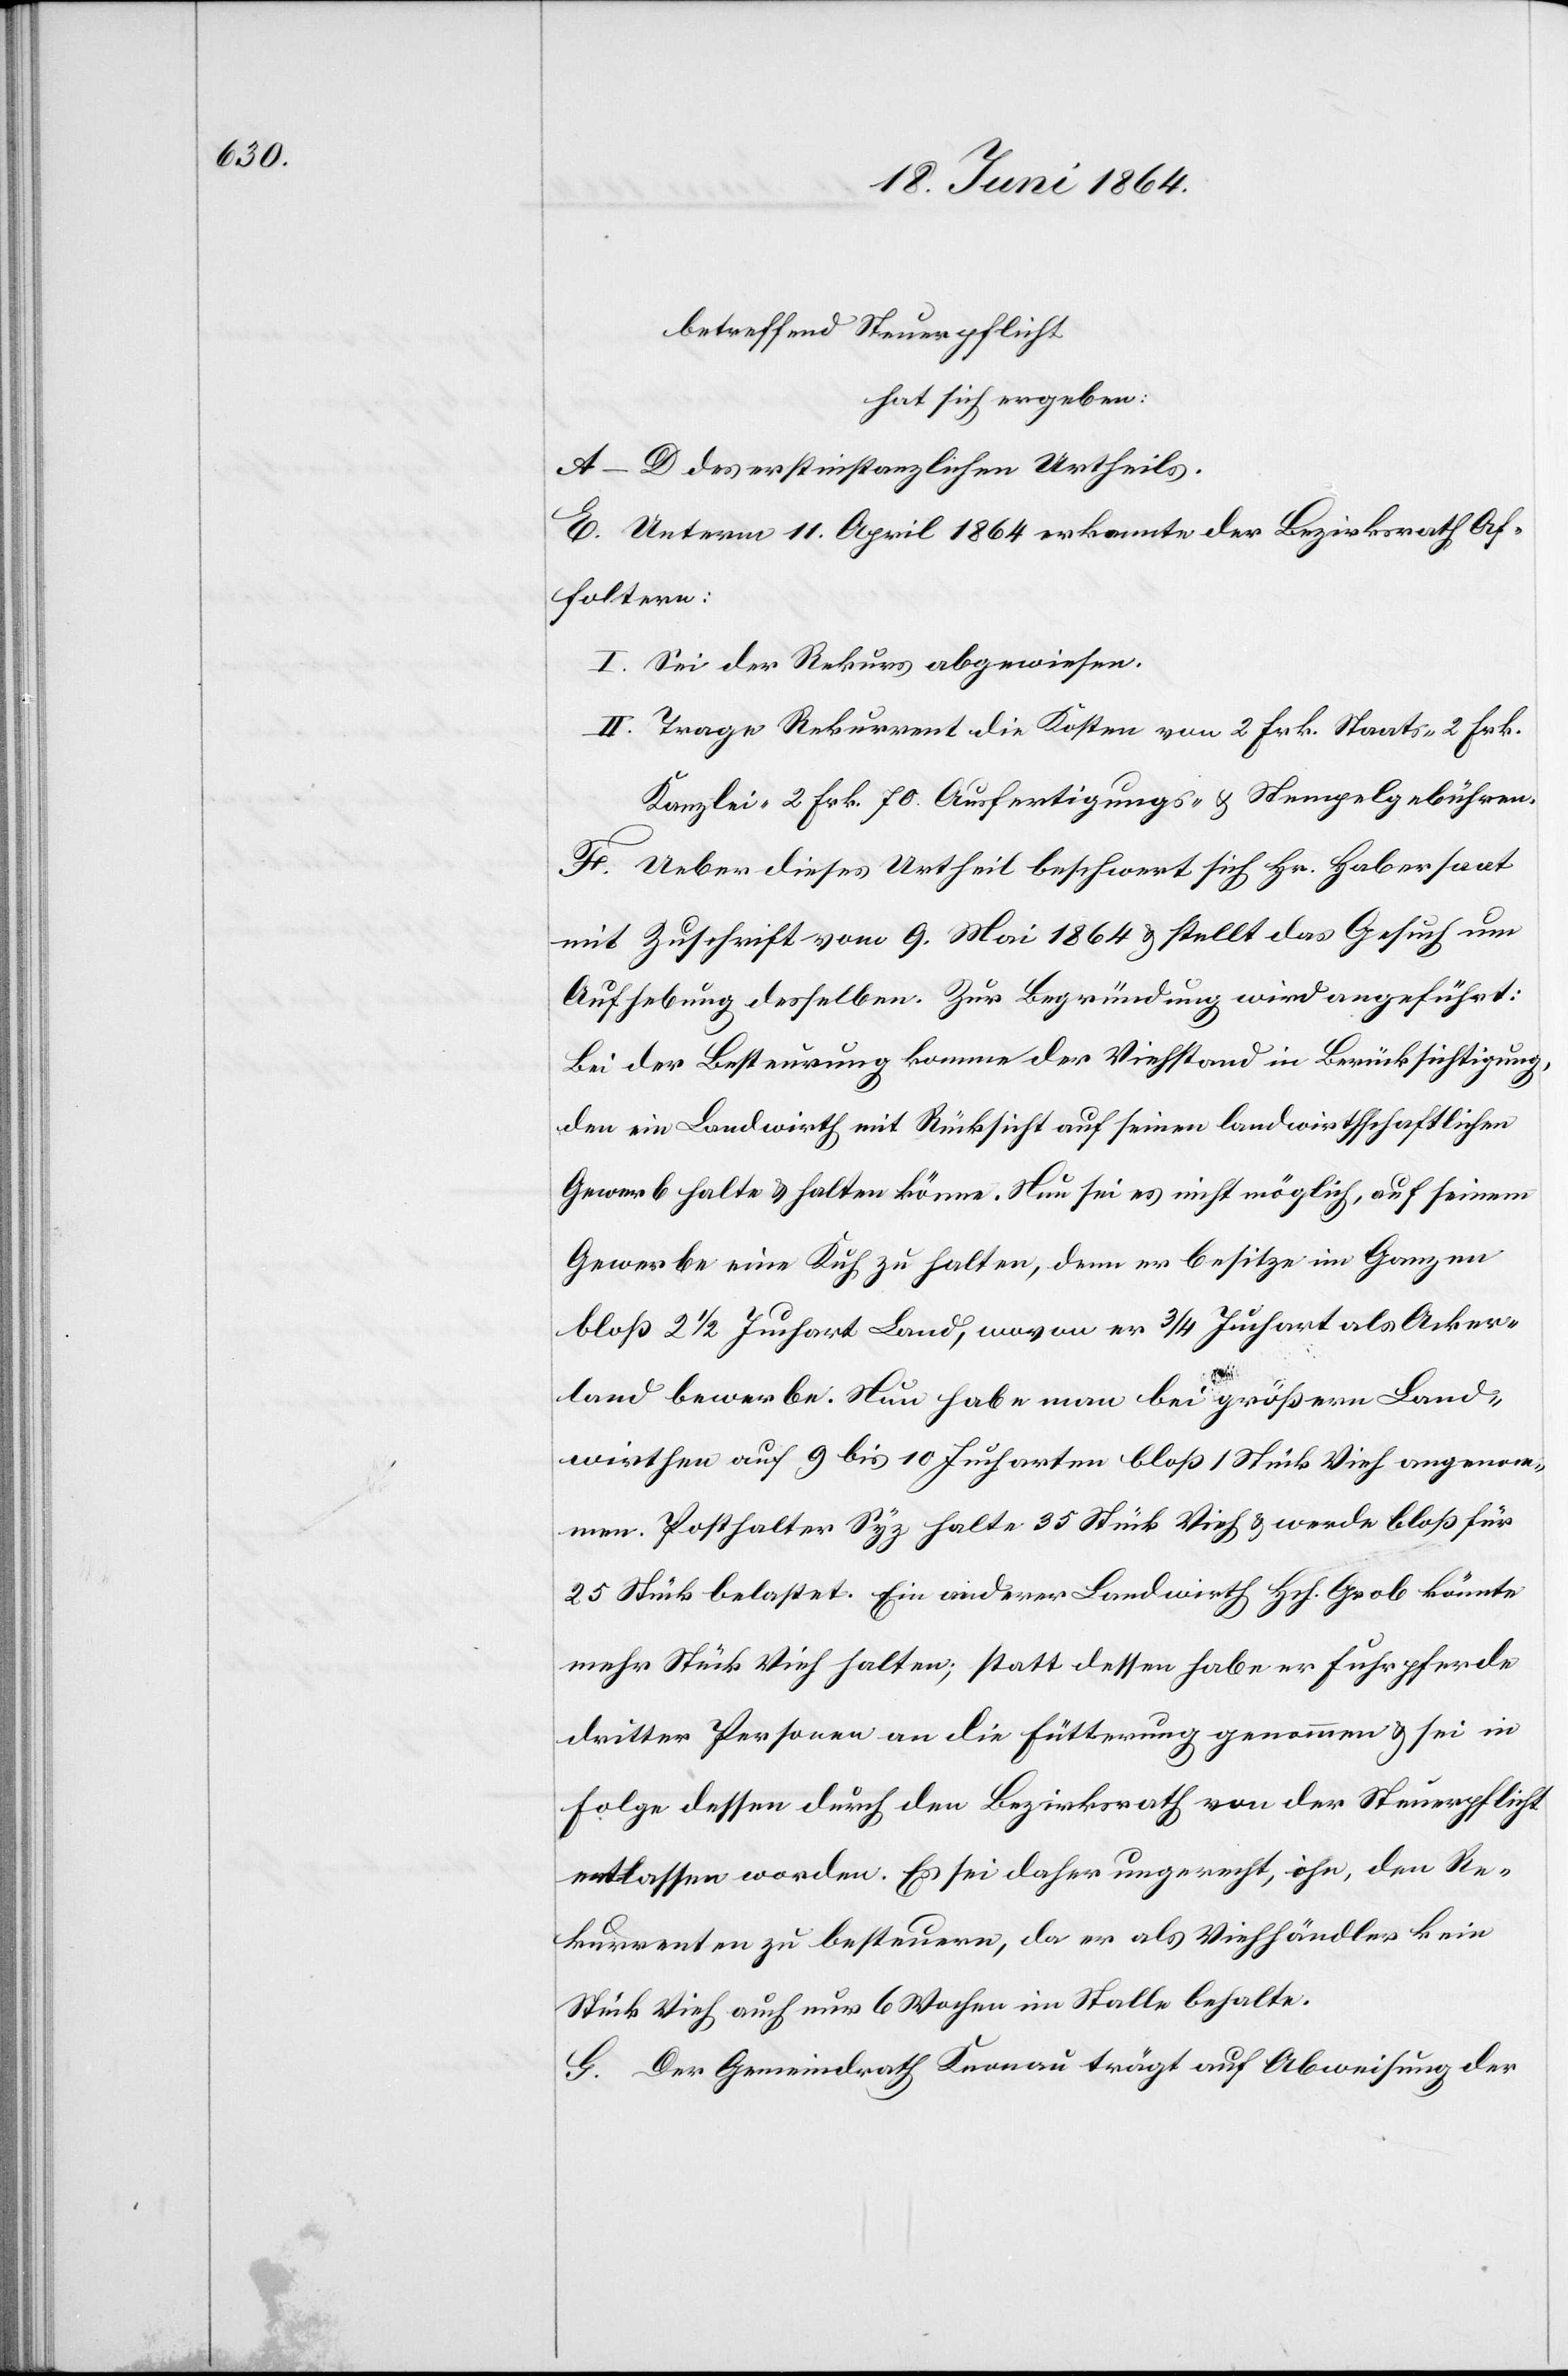
betreffend Steuerpflicht
hat sich ergeben:
A–D des erstinstanzlichen Urtheils.
E. Unterm 11. April 1864 erkannte der Bezirksrath Af¬
foltern:
I. Sei der Rekurs abgewiesen.
II. Trage Rekurrent die Kosten von 2 Frk. Staats-[,] 2 Frk.
Kanzlei-[,] 2 Frk. 70. Ausfertigungs- u. Stempelgebühren.
F. Ueber dieses Urtheil beschwert sich Hr. Habersaat
mit Zuschrift vom 9. Mai 1864 u. stellt das Gesuch um
Aufhebung desselben. Zur Begründung wird angeführt:
Bei der Besteuerung komme der Viehstand in Berücksichtigung,
den ein Landwirth mit Rücksicht auf seinen landwirthschaftlichen
Gewerb halte u. halten könne. Nun sei es nicht möglich, auf seinem
Gewerbe eine Kuh zu halten, denn er besitze im Ganzen
bloß 2 1/2 Juchart Land, wovon er 3/4 Juchart als Acker¬
land bewerbe. Nun habe man bei größern Land¬
wirthen auf 9 bis 10 Jucharten bloß 1 Stück Vieh angenom¬
men. Posthalter Syz halte 35 Stück Vieh u. werde bloß für
25 Stück belastet. Ein anderer Landwirth Hch. Grob könnte
mehr Stück Vieh halten; statt dessen habe er Fuhrpferde
dritter Personen an die Fütterung genommen u. sei in
Folge dessen durch den Bezirksrath von der Steuerpflicht
entlassen worden. Es sei daher ungerecht, ihn, den Re¬
kurrenten zu besteuern, da er als Viehhändler kein
Stück Vieh auch nur 6 Wochen im Stalle behalte.
G. Der Gemeindrath Knonau trägt auf Abweisung der